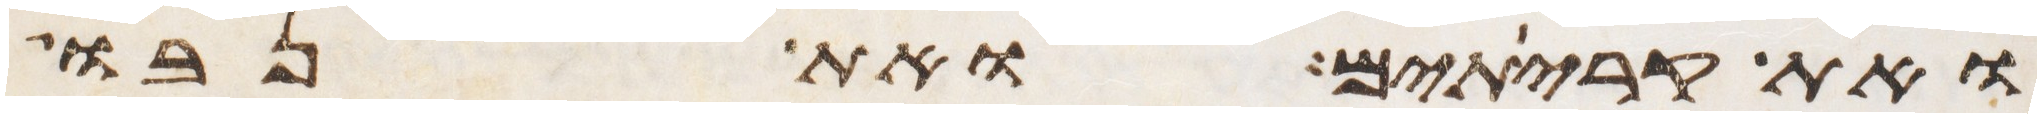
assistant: ואת קריתים ואת נבו